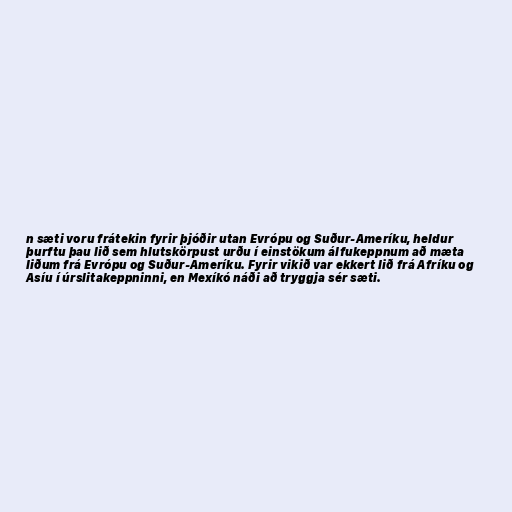
n sæti voru frátekin fyrir þjóðir utan Evrópu og Suður-Ameríku, heldur
þurftu þau lið sem hlutskörpust urðu í einstökum álfukeppnum að mæta
liðum frá Evrópu og Suður-Ameríku. Fyrir vikið var ekkert lið frá Afríku og
Asíu í úrslitakeppninni, en Mexíkó náði að tryggja sér sæti.